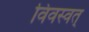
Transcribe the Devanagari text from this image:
विवस्वत्